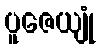
ပူဇေယျုံ